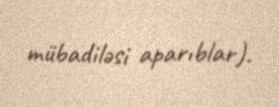
mübadiləsi aparıblar).